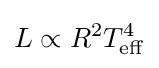
L\propto R^{2}T_{\mathrm {eff} }^{4}